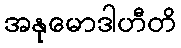
အနုမောဒါဟီတိ